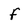
Character: f